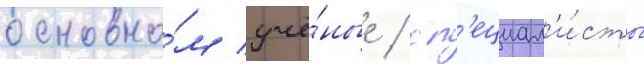
основно́м учё́ные / сп'ециал'и́сты